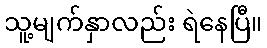
သူ့မျက်နှာလည်း ရဲနေပြီ။